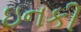
ઇનકી